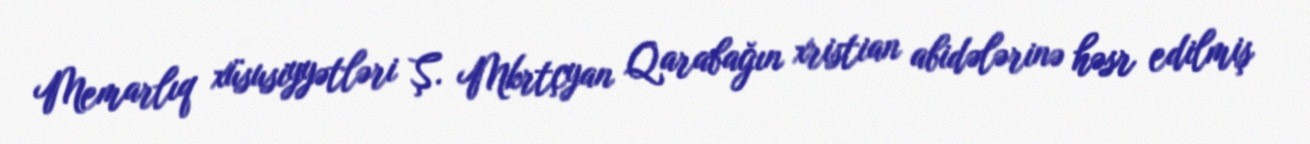
Memarlıq xüsusiyyətləri Ş. Mkrtçyan Qarabağın xristian abidələrinə həsr edilmiş